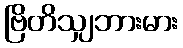
ဗြိတိသျှဘားမား